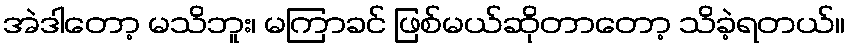
အဲဒါတော့ မသိဘူး၊ မကြာခင် ဖြစ်မယ်ဆိုတာတော့ သိခဲ့ရတယ်။